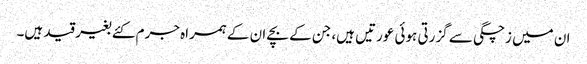
ان میں زچگی سے گزرتی ہوئی عورتیں ہیں، جن کے بچے ان کے ہمراہ جرم کئے بغیر قید ہیں۔